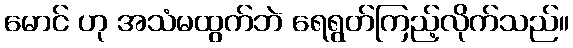
မောင် ဟု အသံမထွက်ဘဲ ရေရွတ်ကြည့်လိုက်သည်။